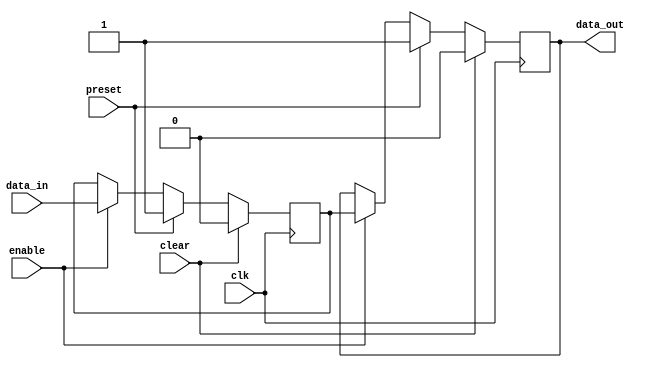
module edge_triggered_latch (
    input wire clk,
    input wire enable,
    input wire clear,
    input wire preset,
    input wire data_in,
    output reg data_out
);

reg stored_data;

always @ (posedge clk) begin
    if (clear) begin
        data_out <= 1'b0;
        stored_data <= 1'b0;
    end else if (preset) begin
        data_out <= 1'b1;
        stored_data <= 1'b1;
    end else begin
        if (enable) begin
            data_out <= stored_data;
            stored_data <= data_in;
        end
    end
end

endmodule